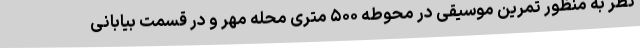
نظر به منظور تمرین موسیقی در محوطه ۵۰۰ متری محله مهر و در قسمت بیابانی